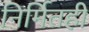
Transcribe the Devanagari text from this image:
निर्मितही